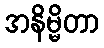
အနိမ္မိတာ